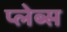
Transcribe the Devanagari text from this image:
प्लेब्स